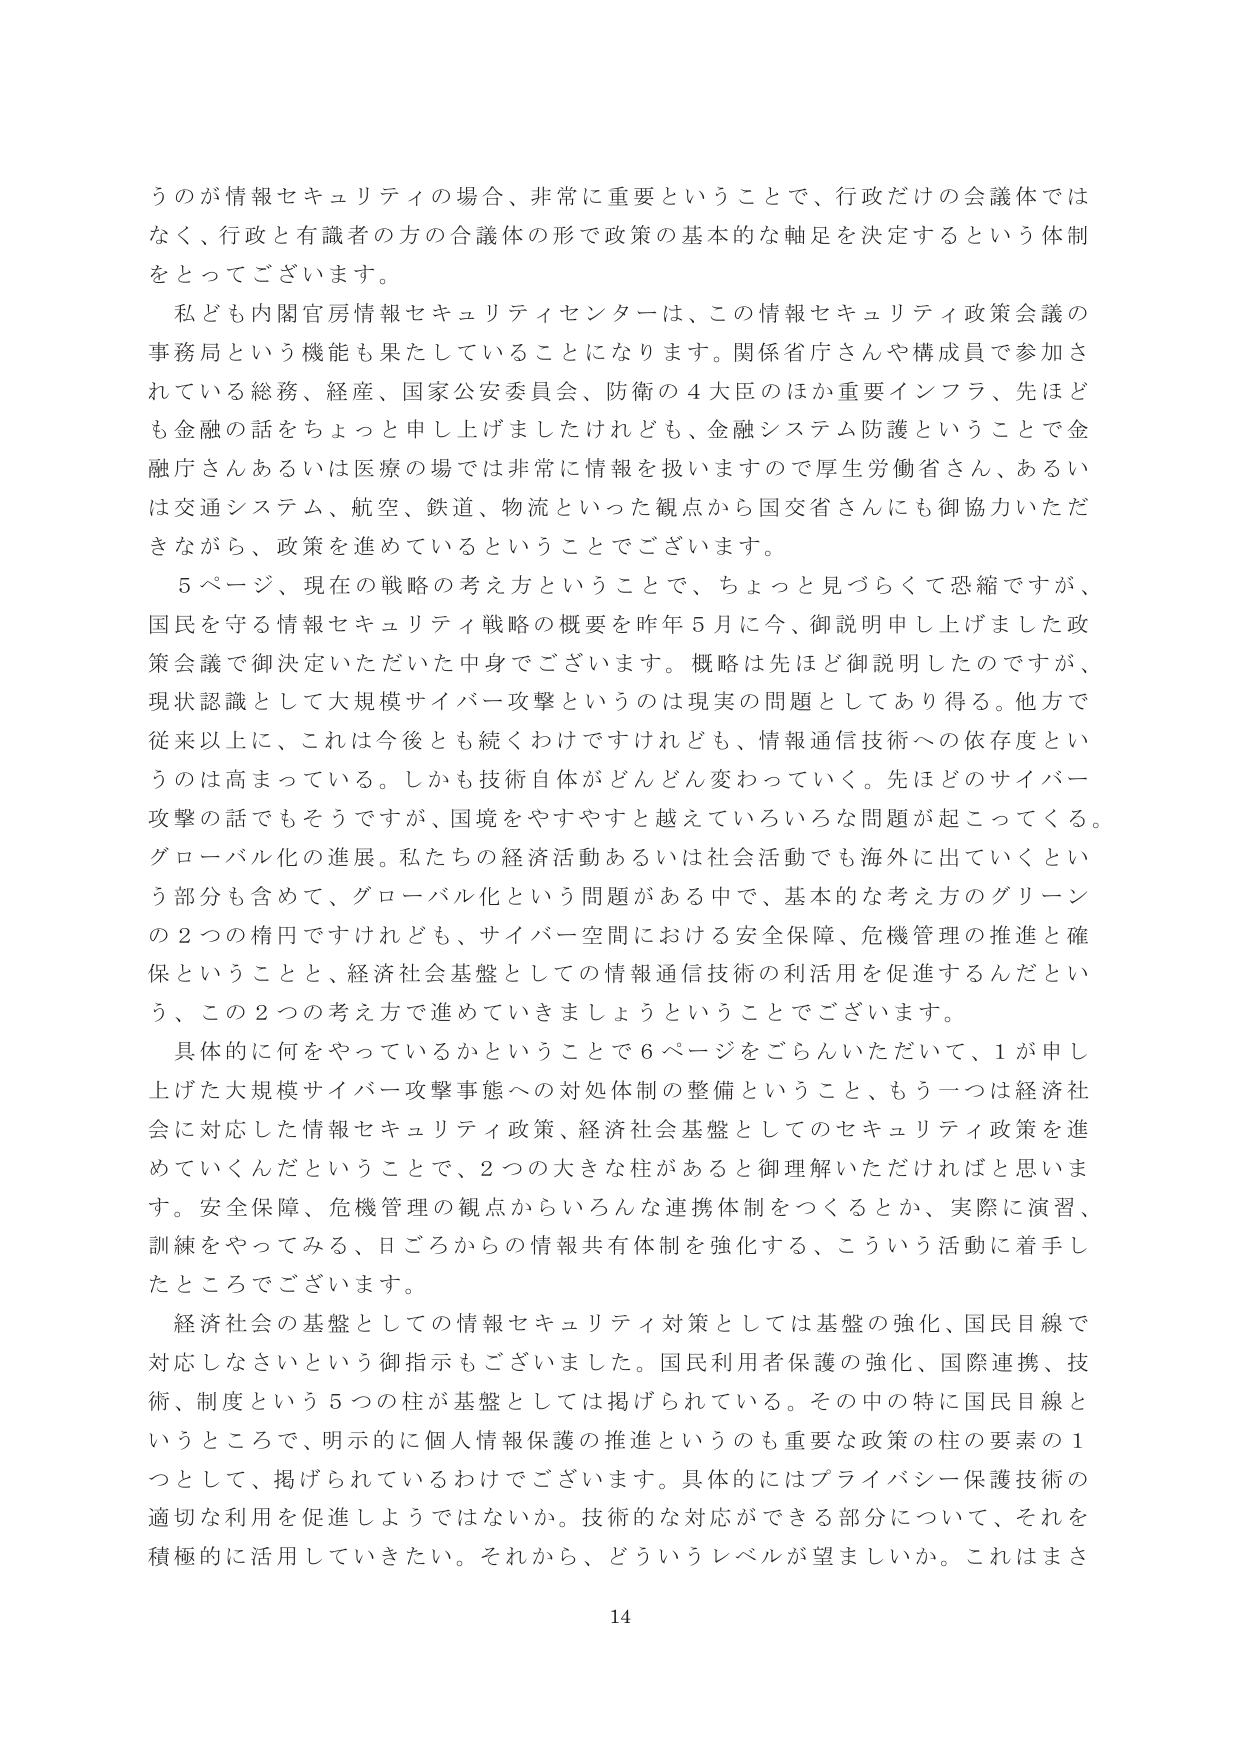
うのが情報セキュリティの場合、非常に重要ということで、行政だけの会議体ではなく、行政と有識者の方の合議体の形で政策の基本的な軸足を決定するという体制をとってございます。

私ども内閣官房情報セキュリティセンターは、この情報セキュリティ政策会議の事務局という機能も果たしていることになります。関係省庁さんや構成員で参加されている総務、経産、国家公安委員会、防衛の４大臣のほか重要インフラ、先ほども金融の話をちょっと申し上げましたけれども、金融システム防護ということで金融庁さんあるいは医療の場では非常に情報を扱いますので厚生労働省さん、あるいは交通システム、航空、鉄道、物流といった観点から国交省さんにも御協力いただきながら、政策を進めているということでございます。

５ページ、現在の戦略の考え方ということで、ちょっと見づらくて恐縮ですが、国民を守る情報セキュリティ戦略の概要を昨年５月に今、御説明申し上げました政策会議で御決定いただいた中身でございます。概略は先ほど御説明したのですが、現状認識として大規模サイバー攻撃というのは現実の問題としてあり得る。他方で従来以上に、これは今後とも続くわけですけれども、情報通信技術への依存度というのは高まっている。しかも技術自体がどんどん変わっていく。先ほどのサイバー攻撃の話でもそうですが、国境をやすやすと越えていろいろな問題が起こってくる。グローバル化の進展。私たちの経済活動あるいは社会活動でも海外に出ていくという部分も含めて、グローバル化という問題がある中で、基本的な考え方のグリーンの２つの構円ですけれども、サイバー空間における安全保障、危機管理の推進と確保ということと、経済社会基盤としての情報通信技術の利活用を促進するんだという、この２つの考え方で進めていきましょうということでございます。

具体的に何をやっているかということで６ページをごらんいただいて、１が申し上げた大規模サイバー攻撃事態への対処体制の整備ということ、もう一つは経済社会に対応した情報セキュリティ政策、経済社会基盤としてのセキュリティ政策を進めていくんだということで、２つの大きな柱があると御理解いただければと思います。安全保障、危機管理の観点からいろんな連携体制をつくるとか、実際に演習、訓練をやってみる、日ごろからの情報共有体制を強化する、こういう活動に着手したところでございます。

経済社会の基盤としての情報セキュリティ対策としては基盤の強化、国民目線で対応しなさいという御指示もございました。国民利用者保護の強化、国際連携、技術、制度という５つの柱が基盤としては掲げられている。その中の特に国民目線ということで、明示的に個人情報保護の推進というのも重要な政策の柱の要素の１つとして、掲げられているわけでございます。具体的にはプライバシー保護技術の適切な利用を促進しようではないか。技術的な対応ができる部分について、それを積極的に活用していきたい。それから、どういうレベルが望ましいか。これはまさ

14